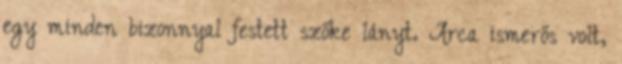
egy minden bizonnyal festett szőke lányt. Arca ismerős volt,